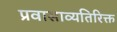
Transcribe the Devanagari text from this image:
प्रवासाव्यतिरिक्त